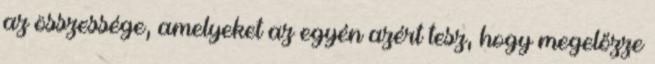
az összessége, amelyeket az egyén azért tesz, hogy megelőzze